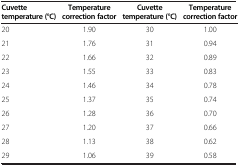
<table><thead><tr><td><b>Cuvette temperature (°C)</b></td><td><b>Temperature correction factor</b></td><td><b>Cuvette temperature (°C)</b></td><td><b>Temperature correction factor</b></td></tr></thead><tbody><tr><td>20</td><td>1.90</td><td>30</td><td>1.00</td></tr><tr><td>21</td><td>1.76</td><td>31</td><td>0.94</td></tr><tr><td>22</td><td>1.66</td><td>32</td><td>0.89</td></tr><tr><td>23</td><td>1.55</td><td>33</td><td>0.83</td></tr><tr><td>24</td><td>1.46</td><td>34</td><td>0.78</td></tr><tr><td>25</td><td>1.37</td><td>35</td><td>0.74</td></tr><tr><td>26</td><td>1.28</td><td>36</td><td>0.70</td></tr><tr><td>27</td><td>1.20</td><td>37</td><td>0.66</td></tr><tr><td>28</td><td>1.13</td><td>38</td><td>0.62</td></tr><tr><td>29</td><td>1.06</td><td>39</td><td>0.58</td></tr></tbody></table>